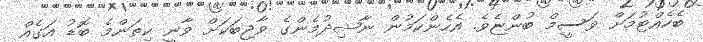
ބެހެއްޓުމަށް ވަސީމް ބުންޏެވެ. އެހެންކަމުން ނާޝިދުމެންގެ ވާޖިބަކަށް ވާނީ ކިތަންމެ ބޮޑު އަގެއް